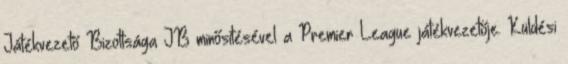
Játékvezető Bizottsága JB minősítésével a Premier League játékvezetője. Küldési